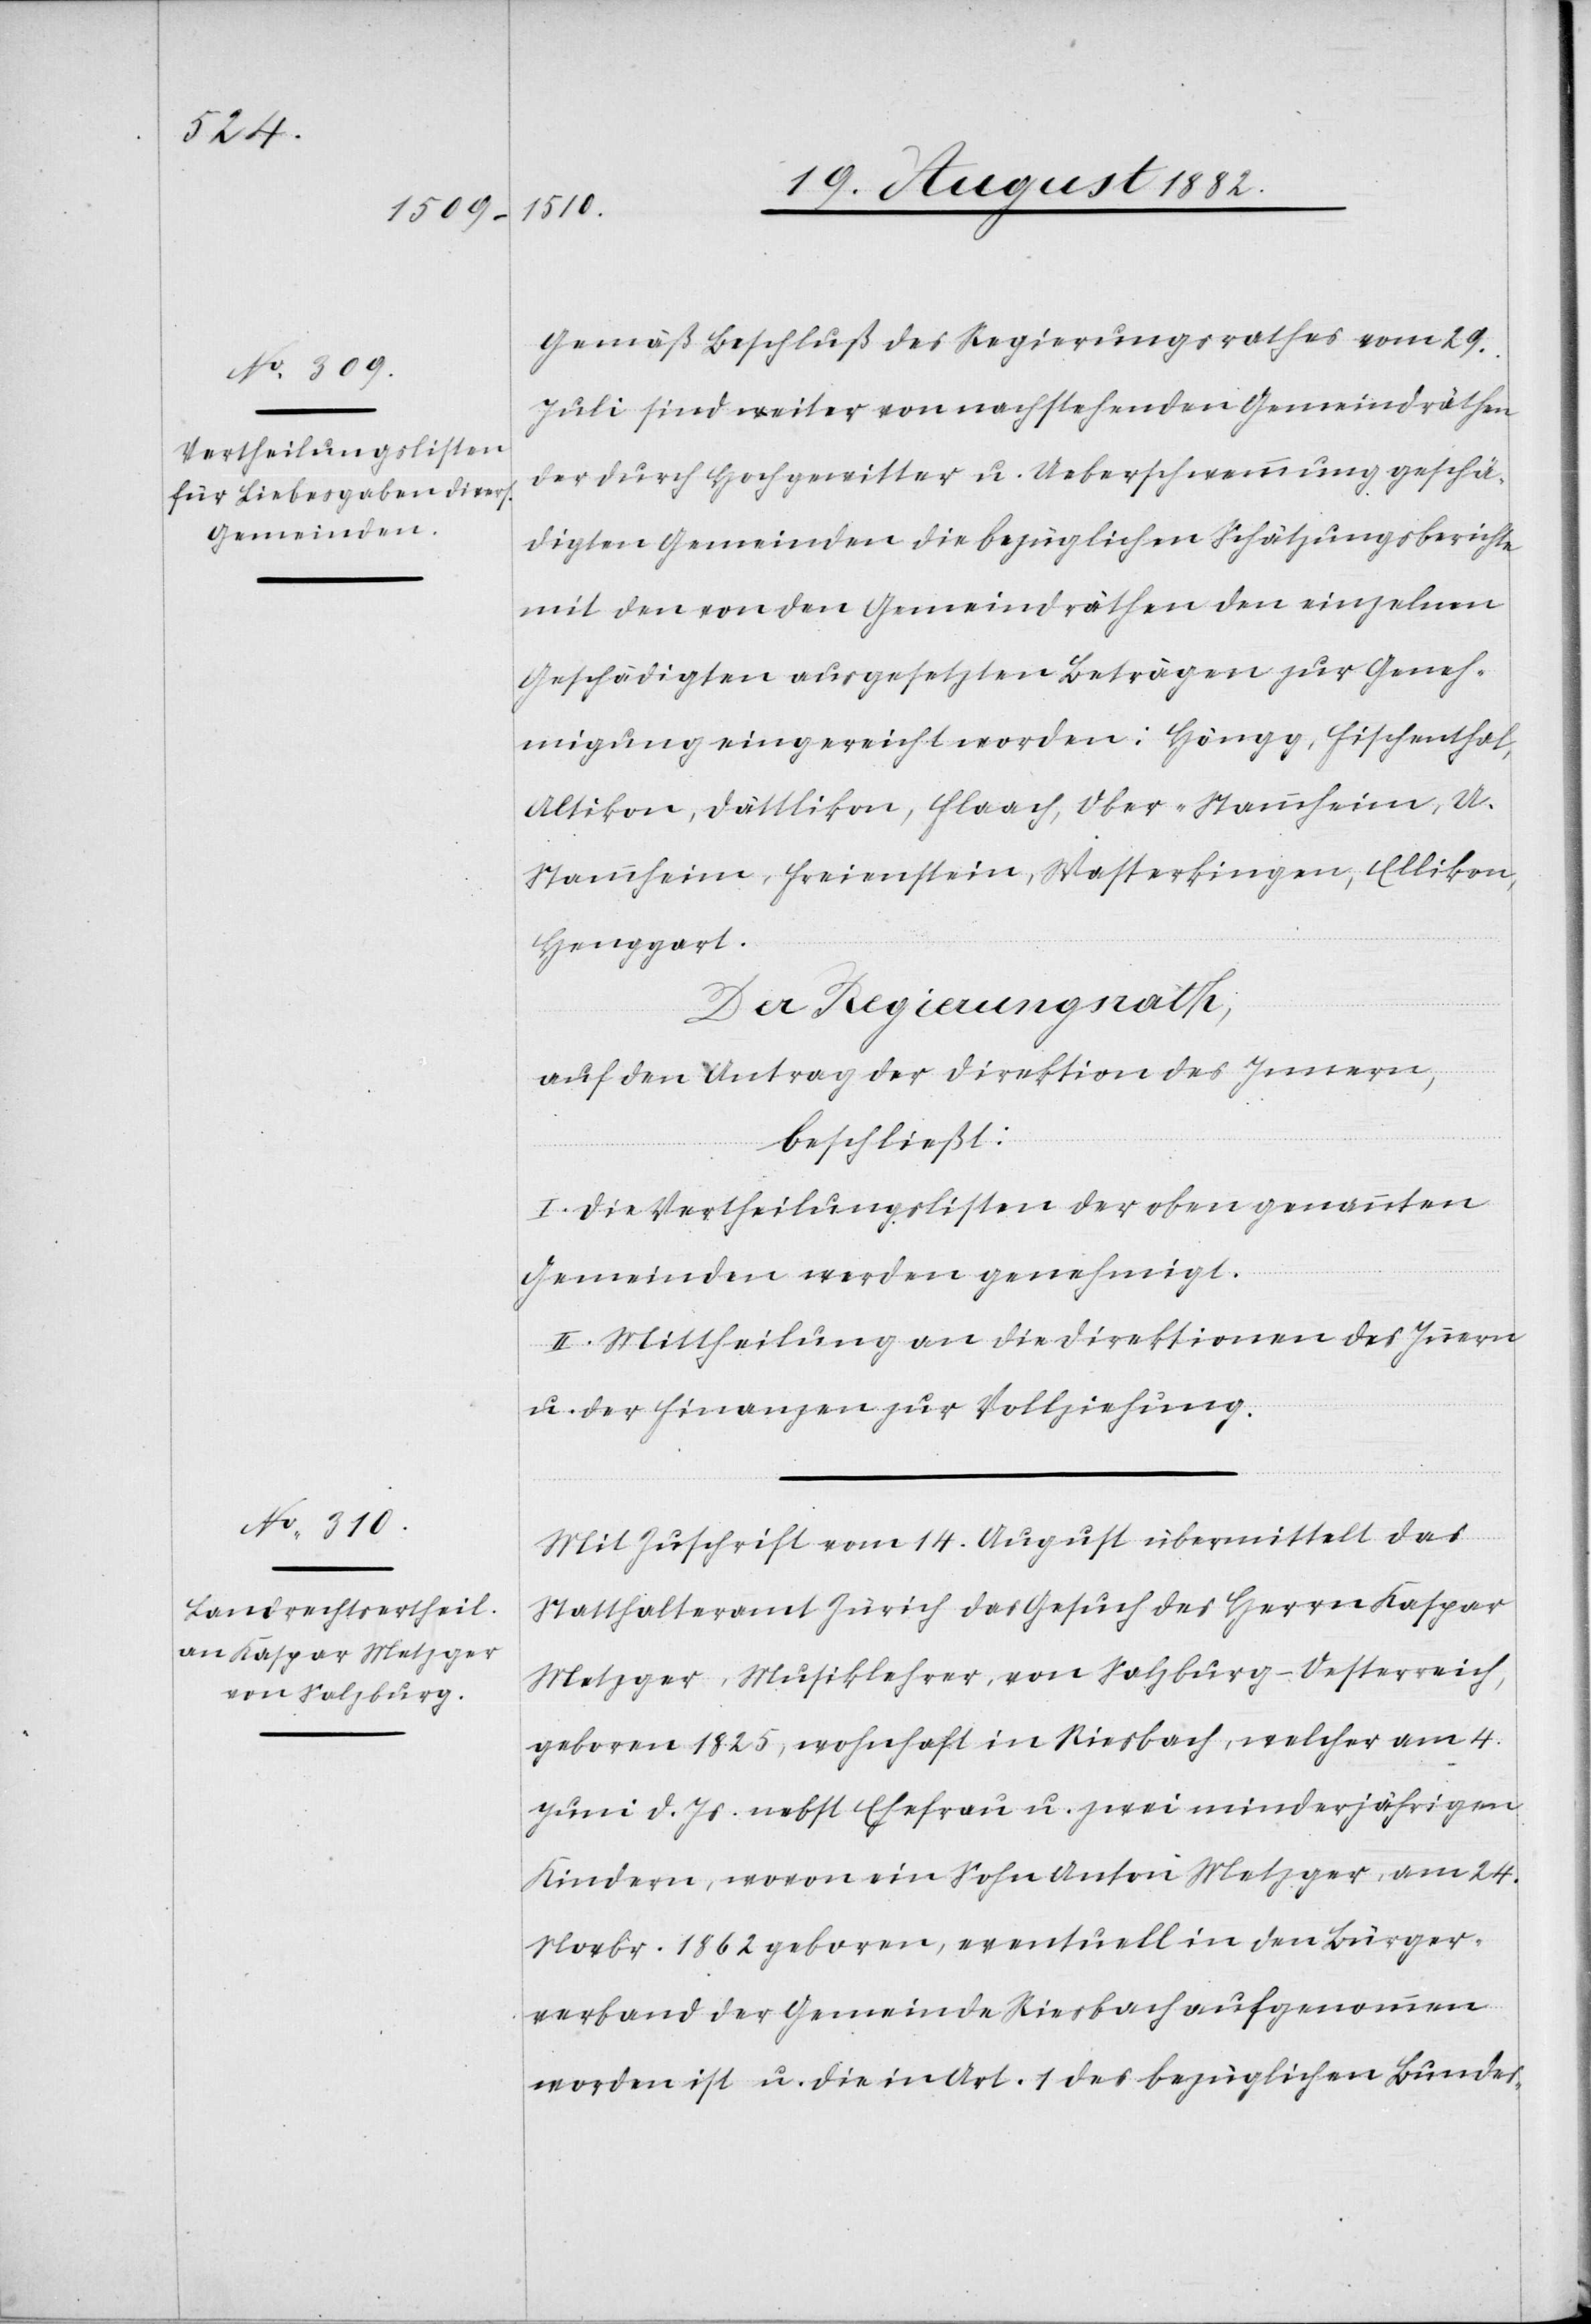
Gemäß Beschluß des Regierungsrathes vom 29.
Juli sind weiter von nachstehenden Gemeindräthen
der durch Hochgewitter u. Ueberschwemmung geschä¬
digten Gemeinden die bezüglichen Schätzungsberichte
mit den von den Gemeindräthen den einzelnen
Geschädigten ausgesetzten Beträgen zur Geneh¬
migung eingereicht worden: Höngg, Fischenthal,
Altikon, Dättlikon, Flaach, Ober-Stammheim, U.
Stammheim, Freienstein, Wasterkingen, Ellikon,
Henggart.
Der Regierungsrath,
auf den Antrag der Direktion des Innern,
beschließt:
I. Die Vertheilungslisten der oben genannten
Gemeinden werden genehmigt.
II. Mittheilung an die Direktionen des Innern
u. der Finanzen zur Vollziehung.
Mit Zuschrift vom 14. August übermittelt das
Statthalteramt Zürich das Gesuch des Herrn Kaspar
Metzger, Musiklehrer, von Salzburg - Oesterreich,
geboren 1825, wohnhaft in Riesbach, welcher am 4.
Juni d. Js. nebst Ehefrau u. zwei minderjährigen
Kindern, wovon ein Sohn Anton Metzger, am 24.
Novbr. 1862 geboren, eventuell in den Bürger¬
verband der Gemeinde Riesbach aufgenommen
worden ist u. die in Art. 1 des bezüglichen Bundes-